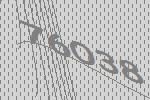
76038